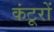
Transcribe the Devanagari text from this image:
कंटूरों